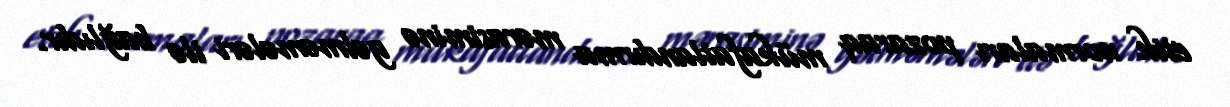
etik normaları pozaraq mükafatlandırma mərasiminə gəlməmələri ilə bağlıdır.